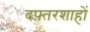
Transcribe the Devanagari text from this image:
दफ़्तरशाहों